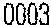
0003